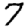
Digit: 7